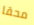
محقا